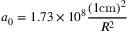
a _ { 0 } = 1 . 7 3 \times 1 0 ^ { 8 } \frac { ( 1 \mathrm { c m } ) ^ { 2 } } { R ^ { 2 } } \,